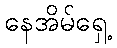
နေအိမ်ရှေ့